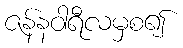
ဇန်နဝါရီလမှစ၍